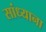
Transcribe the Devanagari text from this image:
सांध्याना